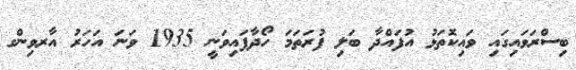
ބިސްރަވައިގައި ވައިކޮތަޅު އުފައްދާ ބަލި ފުރަތަމަ ހޯދާފައިވަނީ 1935 ވަނަ އަހަރު އާރވިންގ